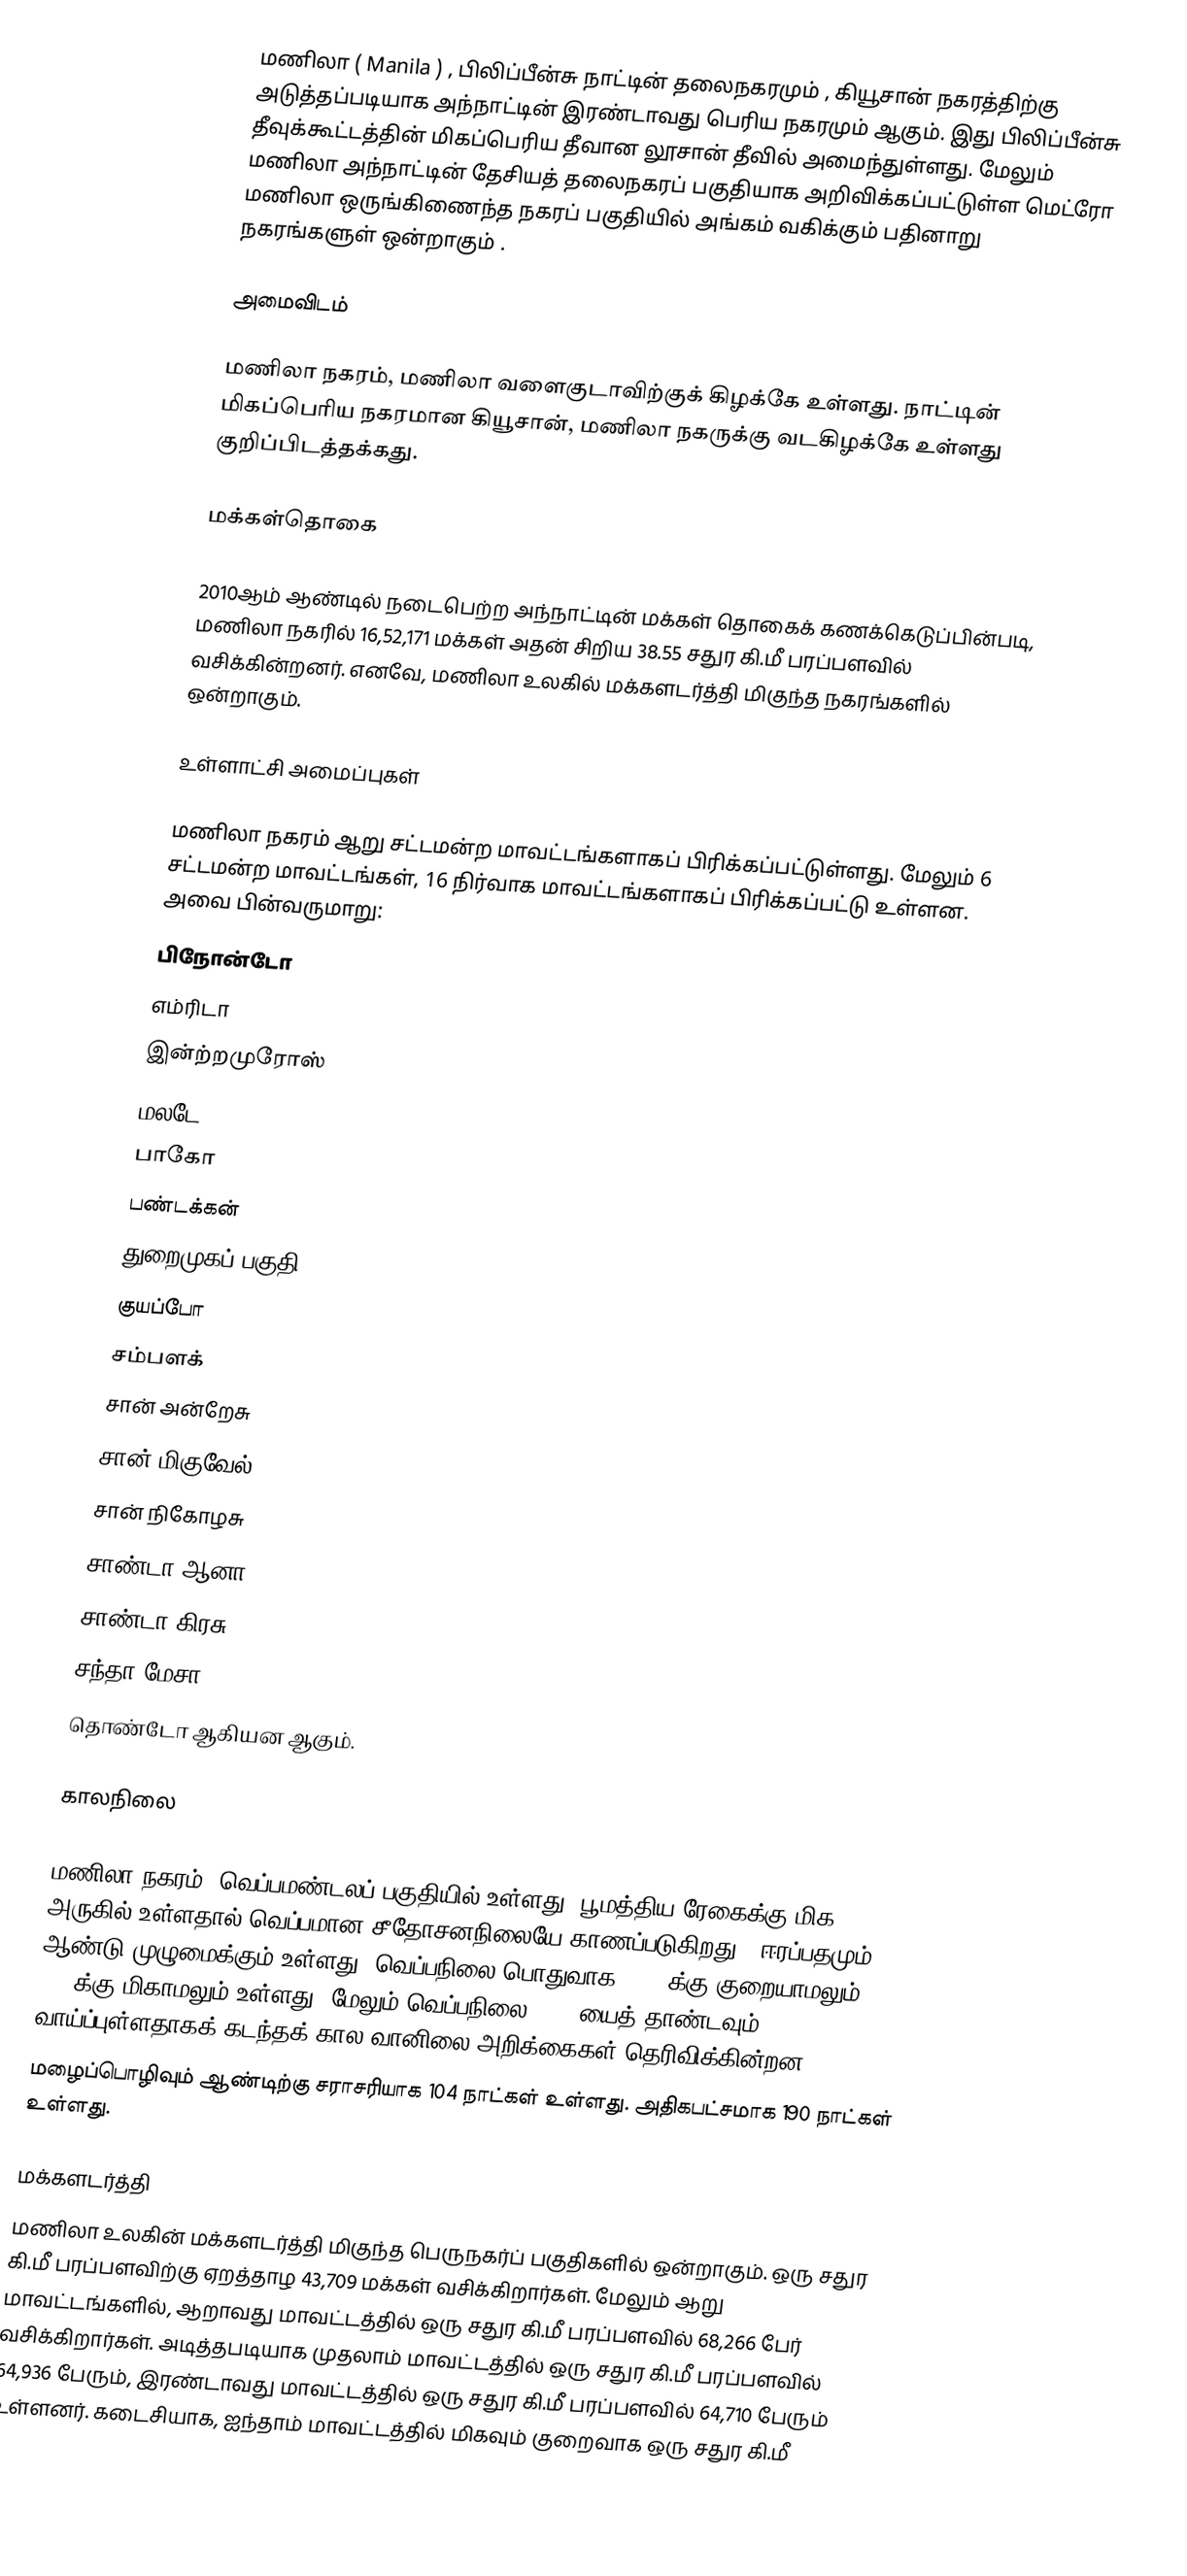
மணிலா ( Manila ) , பிலிப்பீன்சு நாட்டின் தலைநகரமும் , கியூசான் நகரத்திற்கு அடுத்தப்படியாக அந்நாட்டின் இரண்டாவது பெரிய நகரமும் ஆகும். இது பிலிப்பீன்சு தீவுக்கூட்டத்தின் மிகப்பெரிய தீவான லூசான் தீவில் அமைந்துள்ளது. மேலும் மணிலா அந்நாட்டின் தேசியத் தலைநகரப் பகுதியாக அறிவிக்கப்பட்டுள்ள மெட்ரோ மணிலா ஒருங்கிணைந்த நகரப் பகுதியில் அங்கம் வகிக்கும் பதினாறு நகரங்களுள் ஒன்றாகும் .

அமைவிடம்

மணிலா நகரம், மணிலா வளைகுடாவிற்குக் கிழக்கே உள்ளது. நாட்டின் மிகப்பெரிய நகரமான கியூசான், மணிலா நகருக்கு வடகிழக்கே உள்ளது குறிப்பிடத்தக்கது.

மக்கள்தொகை

2010ஆம் ஆண்டில் நடைபெற்ற அந்நாட்டின் மக்கள் தொகைக் கணக்கெடுப்பின்படி, மணிலா நகரில் 16,52,171 மக்கள் அதன் சிறிய 38.55 சதுர கி.மீ பரப்பளவில் வசிக்கின்றனர். எனவே, மணிலா உலகில் மக்களடர்த்தி மிகுந்த நகரங்களில் ஒன்றாகும்.

உள்ளாட்சி அமைப்புகள்

மணிலா நகரம் ஆறு சட்டமன்ற மாவட்டங்களாகப் பிரிக்கப்பட்டுள்ளது. மேலும் 6 சட்டமன்ற மாவட்டங்கள், 16 நிர்வாக மாவட்டங்களாகப் பிரிக்கப்பட்டு உள்ளன. அவை பின்வருமாறு:
பிநோன்டோ
எம்ரிடா
இன்ற்றமுரோஸ்
மலடே
பாகோ
பண்டக்கன்
துறைமுகப் பகுதி
குயப்போ
சம்பளக்
சான் அன்றேசு
சான் மிகுவேல்
சான் நிகோழசு
சாண்டா  ஆனா
சாண்டா கிரசு
சந்தா மேசா
தொண்டோ   ஆகியன ஆகும்.

காலநிலை

மணிலா நகரம், வெப்பமண்டலப் பகுதியில் உள்ளது. பூமத்திய ரேகைக்கு மிக அருகில் உள்ளதால் வெப்பமான சீதோசனநிலையே காணப்படுகிறது . ஈரப்பதமும் ஆண்டு முழுமைக்கும் உள்ளது. வெப்பநிலை பொதுவாக  20°C க்கு குறையாமலும் 40°Cக்கு மிகாமலும் உள்ளது. மேலும் வெப்பநிலை 45°C யைத் தாண்டவும் வாய்ப்புள்ளதாகக் கடந்தக் கால வானிலை அறிக்கைகள் தெரிவிக்கின்றன.
மழைப்பொழிவும் ஆண்டிற்கு சராசரியாக 104 நாட்கள் உள்ளது. அதிகபட்சமாக 190 நாட்கள் உள்ளது.

மக்களடர்த்தி
மணிலா உலகின் மக்களடர்த்தி மிகுந்த பெருநகர்ப் பகுதிகளில் ஒன்றாகும். ஒரு சதுர கி.மீ பரப்பளவிற்கு ஏறத்தாழ 43,709 மக்கள் வசிக்கிறார்கள். மேலும் ஆறு மாவட்டங்களில், ஆறாவது மாவட்டத்தில் ஒரு சதுர கி.மீ பரப்பளவில் 68,266 பேர் வசிக்கிறார்கள். அடித்தபடியாக முதலாம் மாவட்டத்தில் ஒரு சதுர கி.மீ பரப்பளவில் 64,936 பேரும், இரண்டாவது மாவட்டத்தில் ஒரு சதுர கி.மீ பரப்பளவில் 64,710 பேரும் உள்ளனர். கடைசியாக, ஐந்தாம் மாவட்டத்தில் மிகவும் குறைவாக ஒரு சதுர கி.மீ